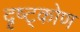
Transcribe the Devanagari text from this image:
दृष्ट्कोण